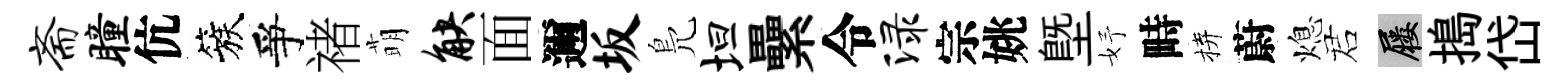
斋瞳伉簇爭禇萌觖面邇坂鳬坦纍令渌宗姚塈妤畤拚蔚熄诺屨搗岱